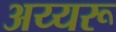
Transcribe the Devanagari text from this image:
अय्यरू